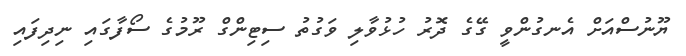
ޔޫނުސްއަށް އެނގުންވީ ގޭގެ ދޮރު ހުޅުވާލި ވަގުތު ސިޓިންގް ރޫމުގެ ސޯފާގައި ނިދިފައި